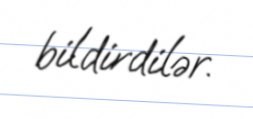
bildirdilər.